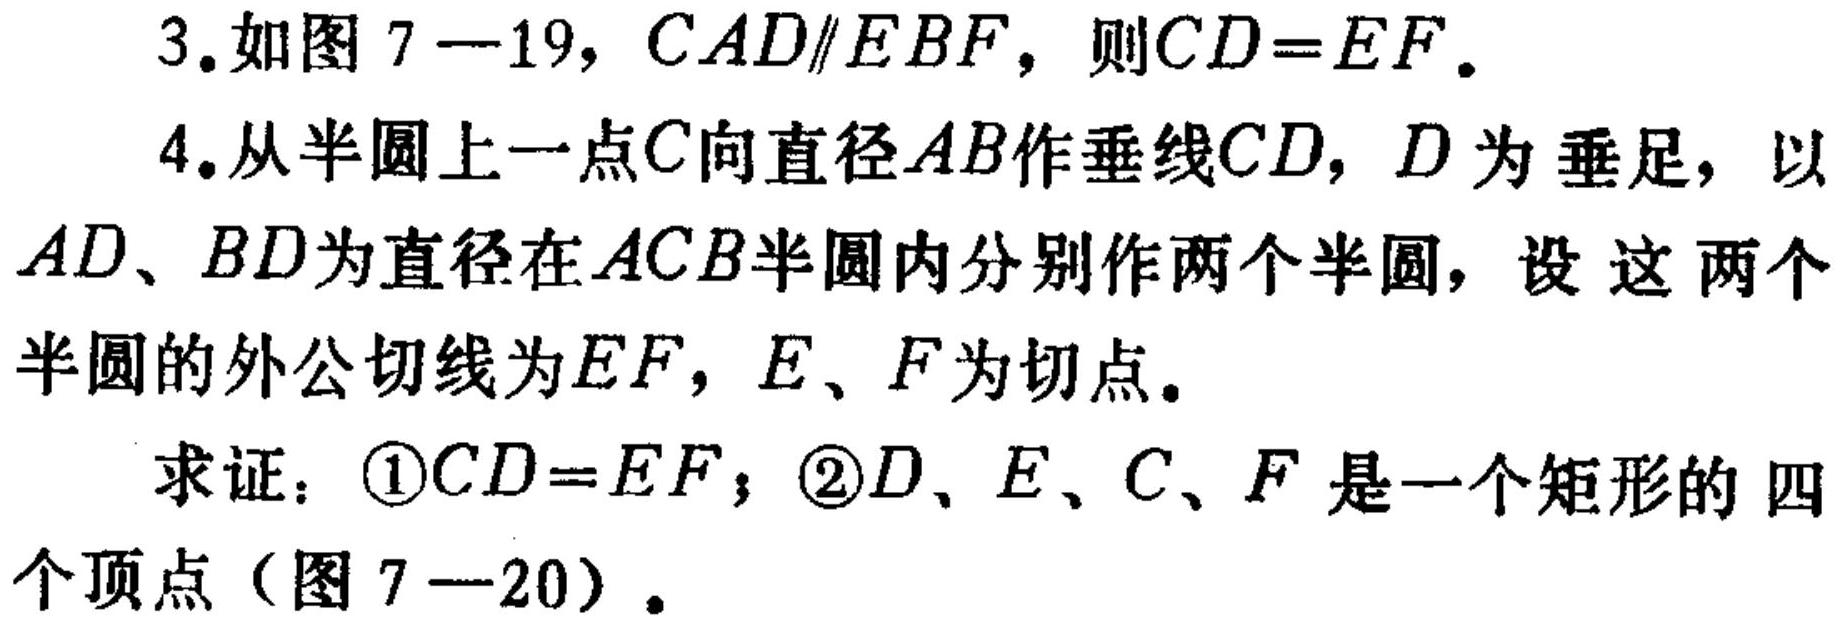
3. 如图 7—19, $CAD\parallel EBF$, 则$CD = EF$.
4. 从半圆上一点$C$向直径$AB$作垂线$CD$, $D$为垂足，以$AD$、$BD$为直径在$ACB$半圆内分别作两个半圆，设 这两个半圆的外公切线为$EF$, $E$、$F$为切点。
求证：\textcircled{1}$CD = EF$；\textcircled{2}$D$、$E$、$C$、$F$ 是一个矩形的 四个顶点（图 7—20）.